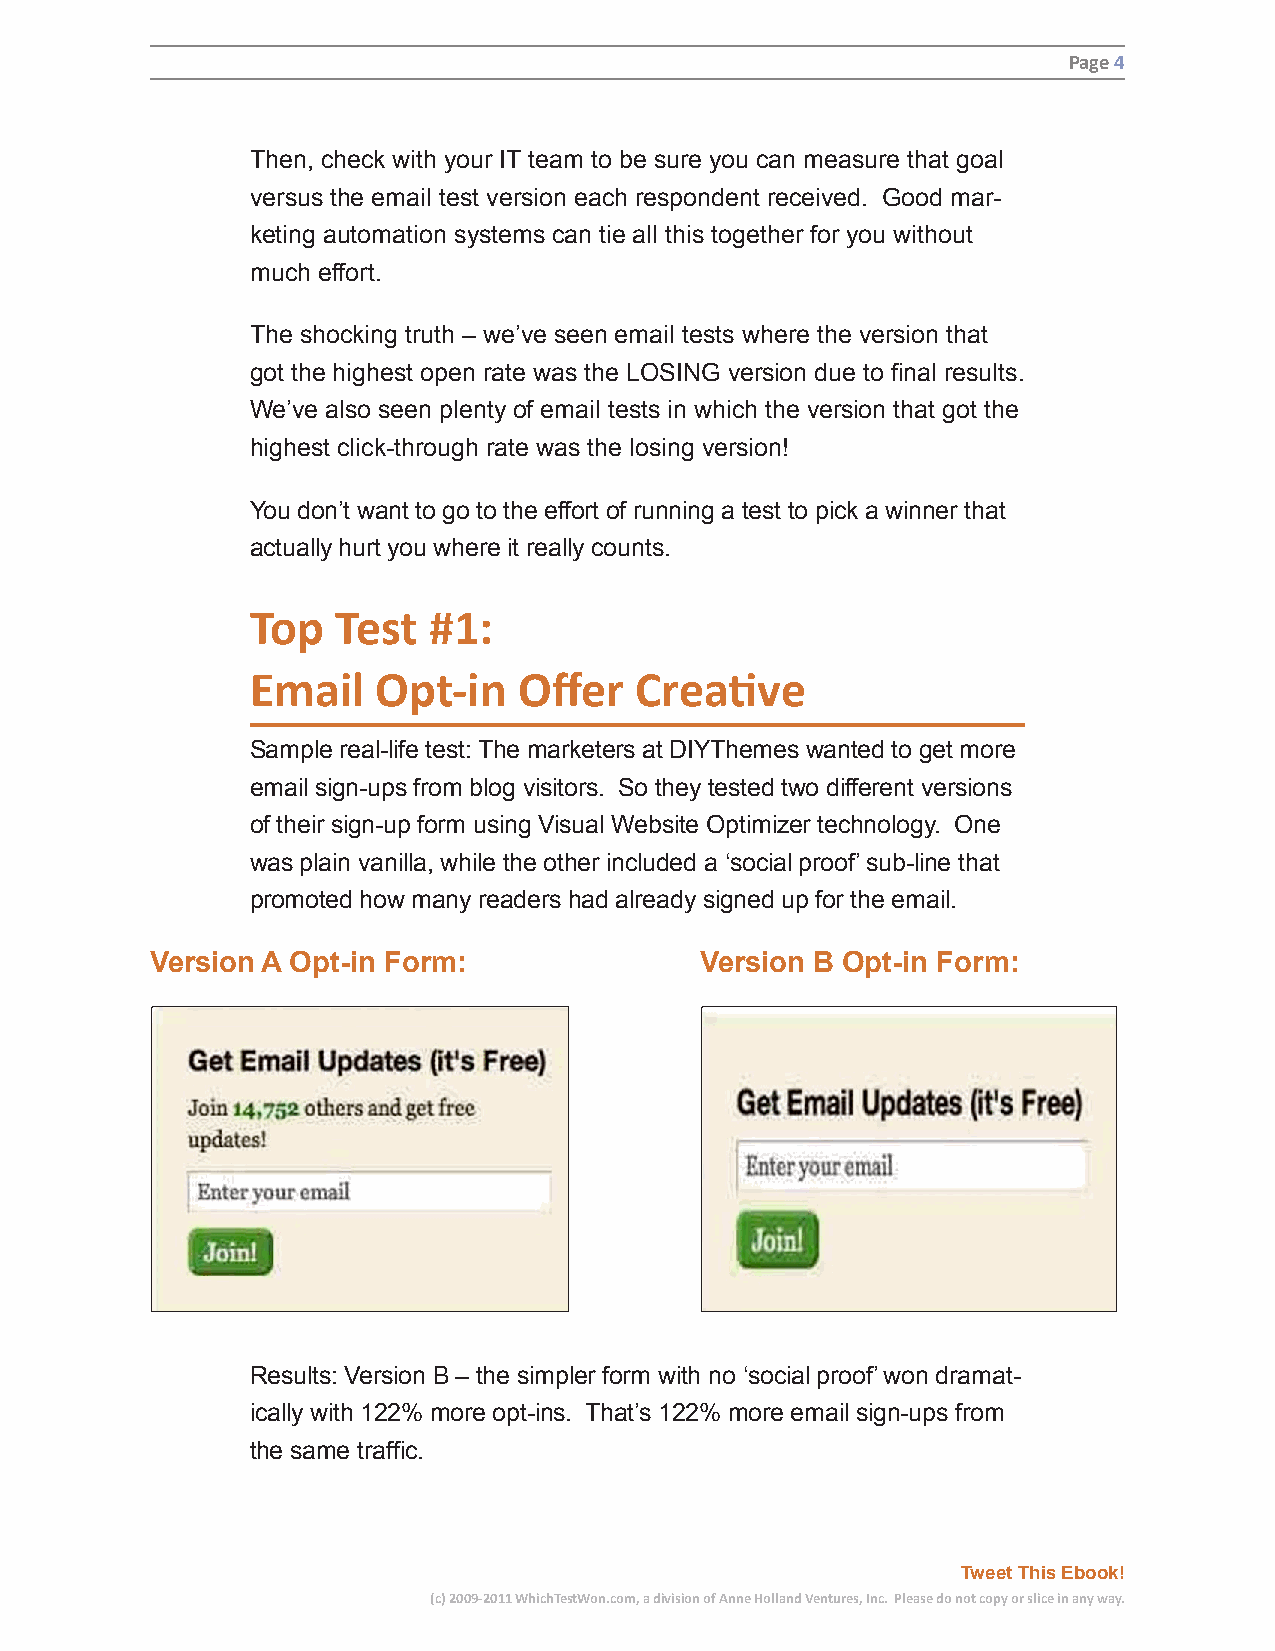
Page 4
 Then, check with your IT team to be sure you can measure that goal
 versus the email test version each respondent received. Good mar-
 keting automation systems can tie all this together for you without
 much effort.
 The shocking truth – we’ve seen email tests where the version that
 got the highest open rate was the LOSING version due to final results.
 We’ve also seen plenty of email tests in which the version that got the
 highest click-through rate was the losing version!
 You don’t want to go to the effort of running a test to pick a winner that
 actually hurt you where it really counts.
 Top  Test  #1:
 Email   Opt-in   Offer   Creative
 Sample real-life test: The marketers at DIYThemes wanted to get more
 email sign-ups from blog visitors. So they tested two different versions
 of their sign-up form using Visual Website Optimizer technology. One
 was plain vanilla, while the other included a ‘social proof’ sub-line that
 promoted how many readers had already signed up for the email.
 Version A Opt-in Form:              Version B Opt-in Form:
 Results: Version B – the simpler form with no ‘social proof’ won dramat-
 ically with 122% more opt-ins. That’s 122% more email sign-ups from
 the same traffic.
 Tweet This Ebook!
 (c) 2009-2011 WhichTestWon.com, a division of Anne Holland Ventures, Inc. Please do not copy or slice in any way.